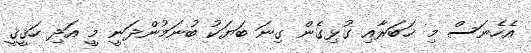
އެހެނަސް މި ޚަބަރާއި ގުޅިގެން ގިނަ ބަޔަކު ބުނަމުންދަނީ މީ އަދި ހަޤީޤީ